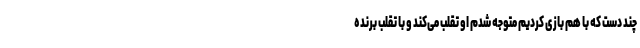
چند دست که با هم بازی کردیم متوجه شدم او تقلب می‌کند و با تقلب برنده